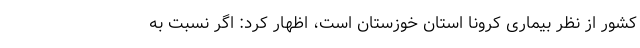
کشور از نظر بیماری کرونا استان خوزستان است، اظهار کرد: اگر نسبت به